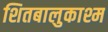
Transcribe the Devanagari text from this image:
शितबालुकाश्म